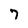
Character: 7